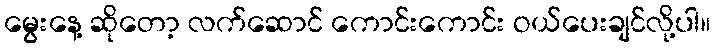
မွေးနေ့ ဆိုတော့ လက်ဆောင် ကောင်းကောင်း ဝယ်ပေးချင်လို့ပါ။